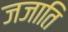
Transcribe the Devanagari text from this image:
जजाति